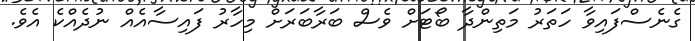
ގެނެސްފައިވާ ހަތަރު މަތިންދާ ބޯޓަށް ވެސް ބަރާބަރަށް މިހާރު ފައިސާއެއް ނުދެއްކެ އެވެ.